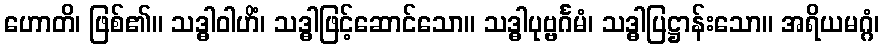
ဟောတိ၊ ဖြစ်၏။ သဒ္ဓါဝါဟိံ၊ သဒ္ဓါဖြင့်ဆောင်သော။ သဒ္ဓါပုဗ္ဗင်္ဂမံ၊ သဒ္ဓါပြဋ္ဌာန်းသော။ အရိယမဂ္ဂံ၊